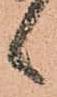
候